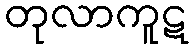
တုလာကူဋ